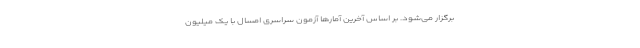
برگزار می‌شود. بر اساس آخرین آمارها آزمون سراسری امسال با یک میلیون